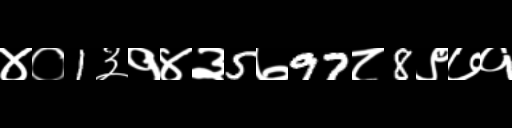
Text: ४०1३१४३5७97८8९७१